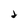
Character: 2